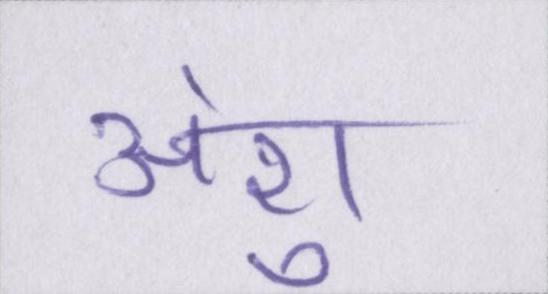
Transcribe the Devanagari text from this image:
अंशु